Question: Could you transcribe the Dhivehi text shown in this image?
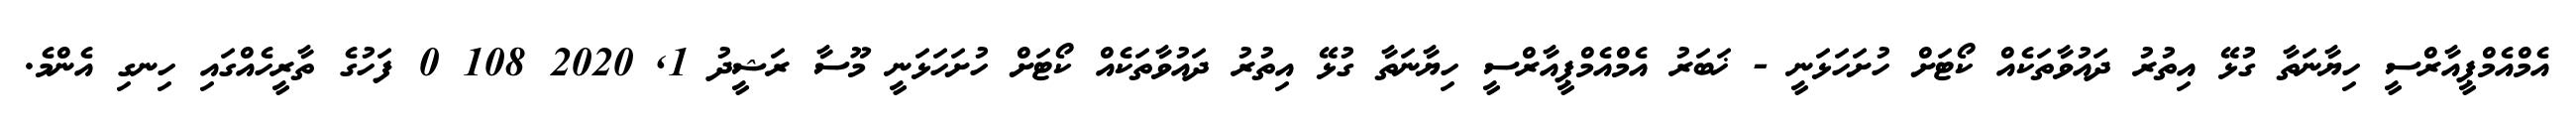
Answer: އެމްއެމްޕީއާރްސީ ހިޔާނަތާ ގުޅޭ އިތުރު ދައުވާތަކެއް ކޯޓަށް ހުށަހަޅަނީ - ޚަބަރު އެމްއެމްޕީއާރްސީ ހިޔާނަތާ ގުޅޭ އިތުރު ދައުވާތަކެއް ކޯޓަށް ހުށަހަޅަނީ މޫސާ ރަޝީދު 1, 2020 108 0 ފަހުގެ ތާރީހެއްގައި ހިނގި އެންމެ.